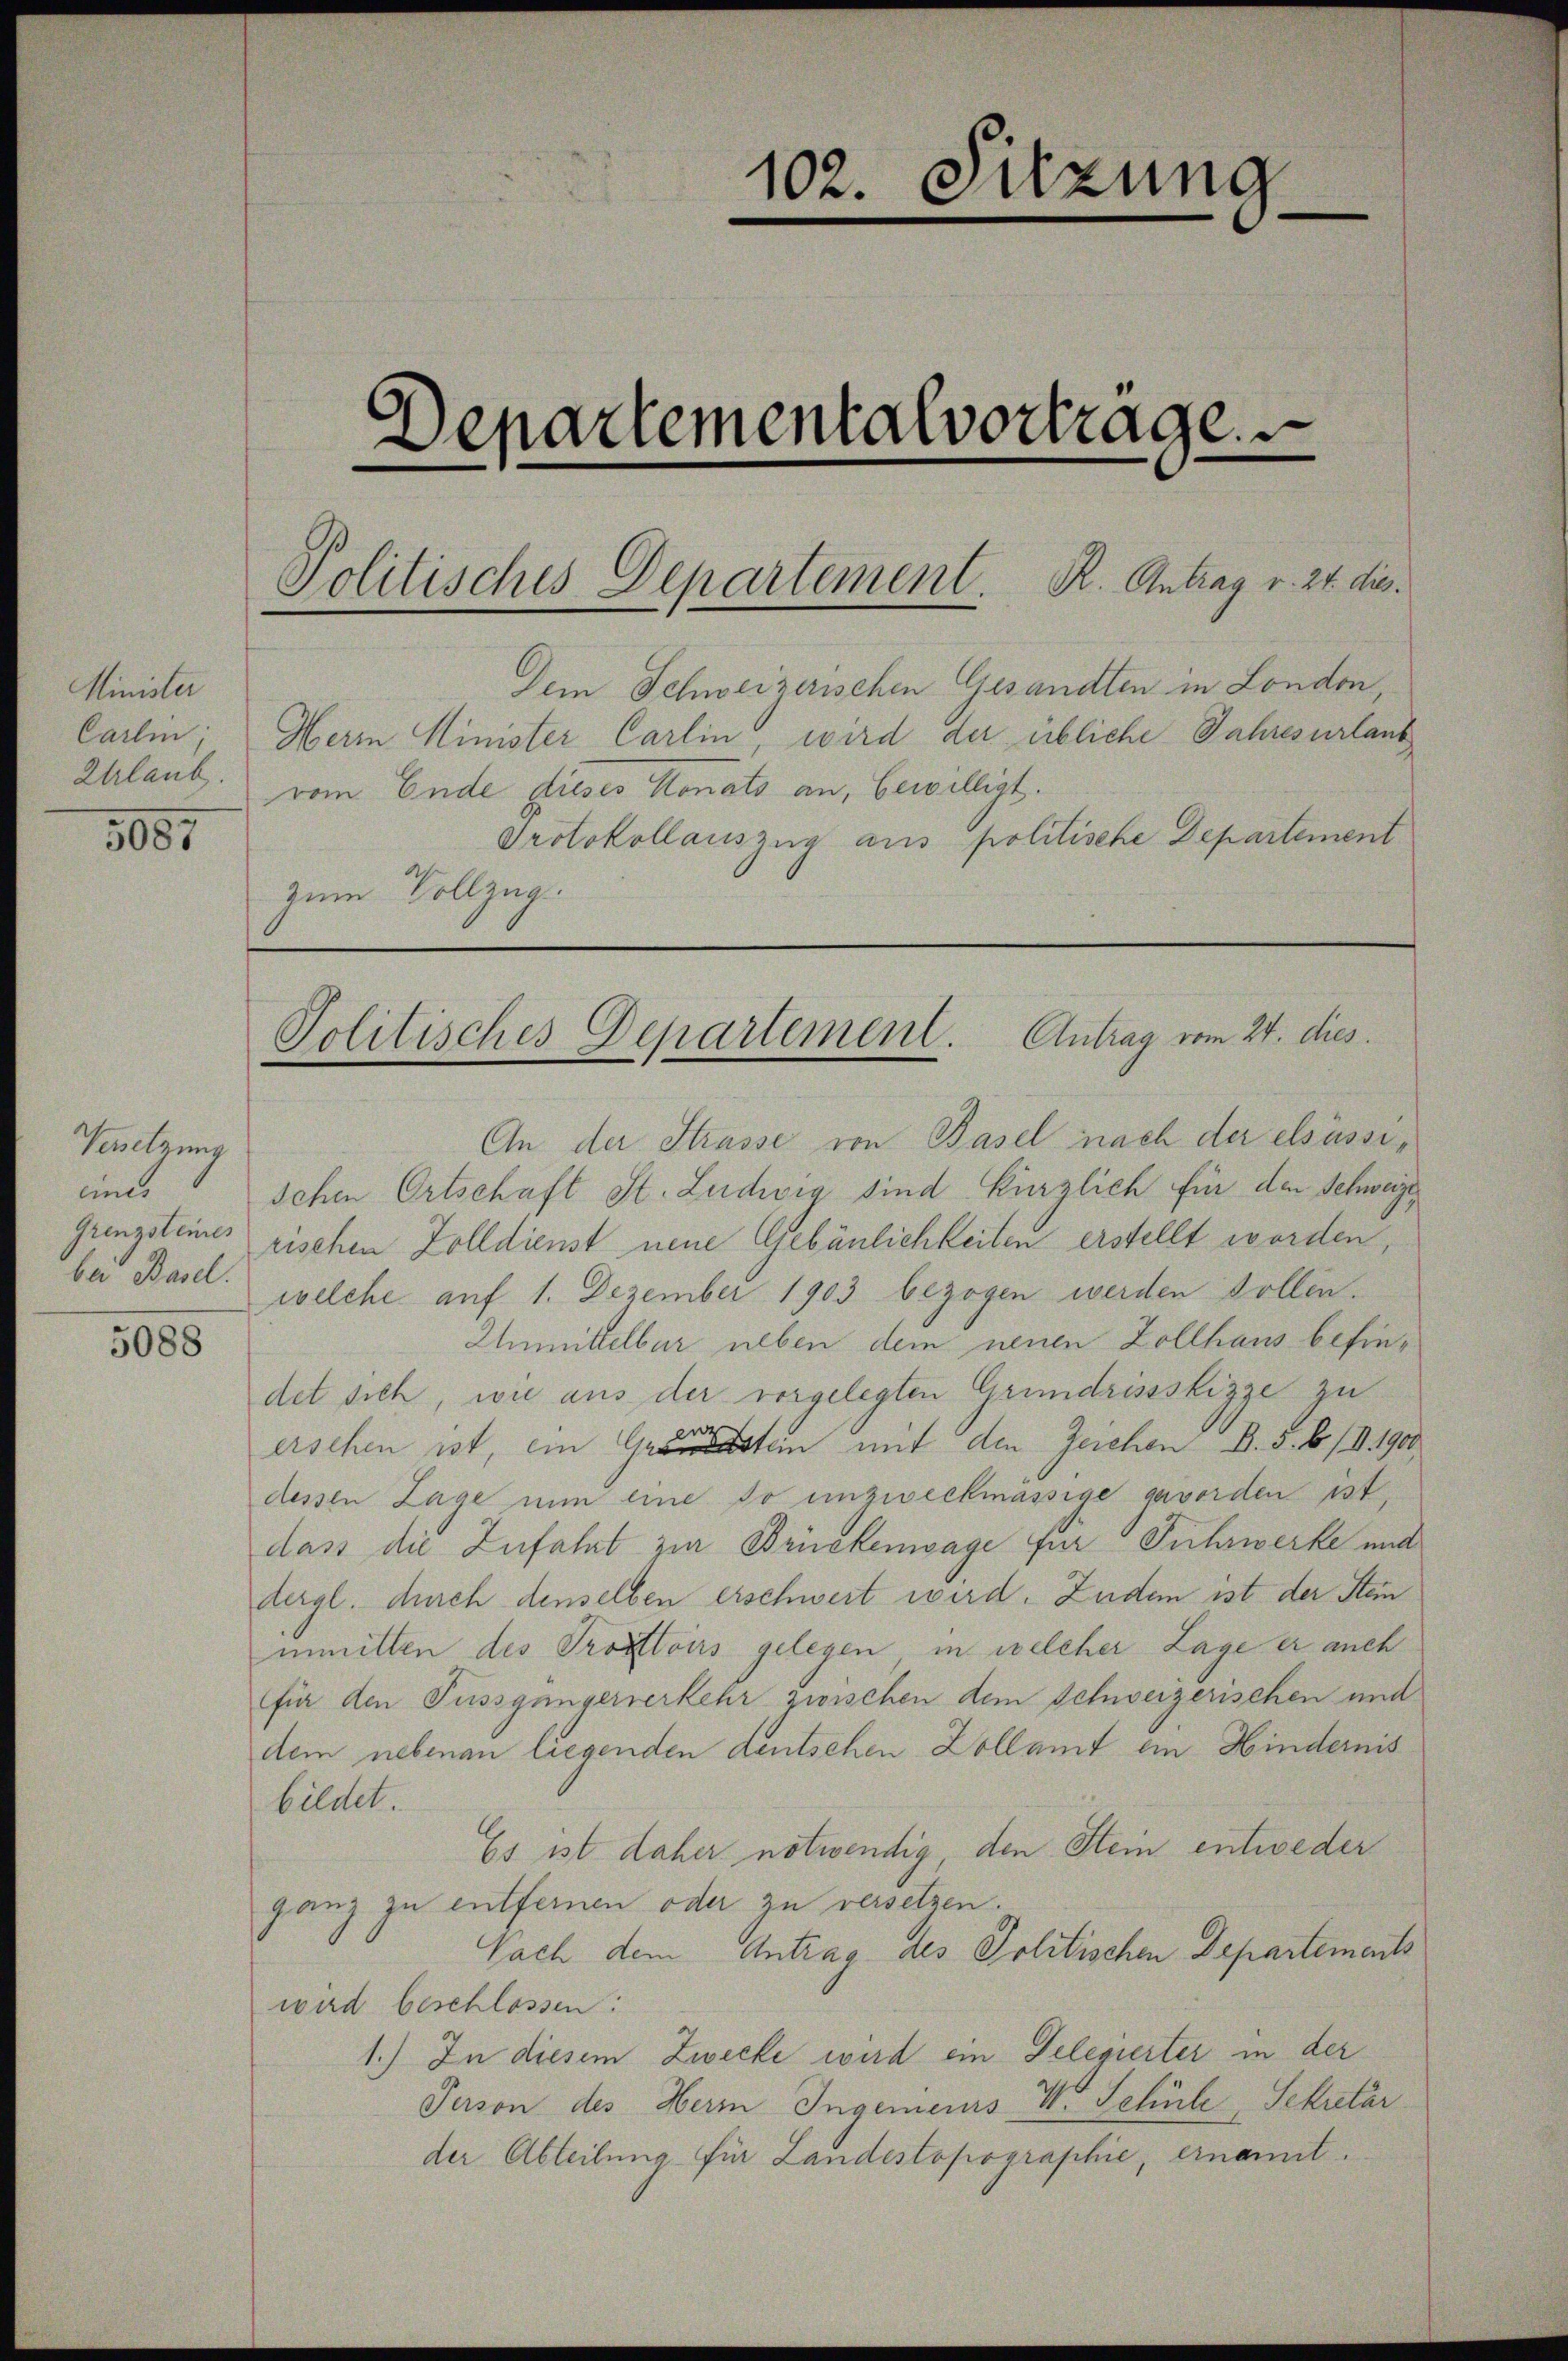
Minister
Carlin
Urlaub.

5085

Venetzung
auch
bei Basel.

5088

Dem Schweizerischen Gesandten in London
Herrn Minister Carlin, wird der übliche Jahresurlaub
vom Ende dieses Monats an, bewilligt.
Protokollauszug aus politische Departement
zum Vollzug.

An der Strasse von Basel nach der elsässischen Ortschaft St. Ludwig sind kürzlich für den Schweizegrenzsteines rischen Zolldienst neue Gebäulichkeiten erstellt worden
welche auf 1. Dezember 1903 bezogen werden sollen.
Unmittelbar neben dem neuen Zollhaus befindet sich, wie aus der vorgelegten Grundrissskizze zu
wr
erschen ist, ein Grandstein mit den Zeichen B. 5. 6/II. 1900
dessen Lage nun eine so unzweckmässige geworden ist,
dass die Zufahrt zur Brückenwage für Fuhrwerke und
dergl. durch denselben erschwert wird. Zudem ist der Stein
inmitten des Trottoirs gelegen, in welcher Lage er auch
für den Fussgängerverkehr, zwischen dem Schweizerischen und
dem nebenan liegenden deutschen Dollamt ein Hindernis
bildet.
Es ist daher notwendig, den Stein entweder
ganz zu entfernen oder zu versetzen.
Nach dem Antrag des Politischen Departements
wird beschlossen:
1.) In diesem Zwecke wird ein Telegierter in der
Person des Herrn Ingenieurs V. Schüle Sekretär
der Abteilung für Landestopographie, ernannt.

102. Sitzung

Lepartementalvorträge

Politisches Departement. R. Antrag v. 24. dies.

Politisches Departement. Antrag vom 24. dies